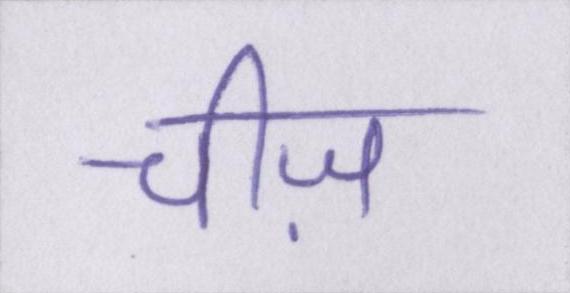
चीज़